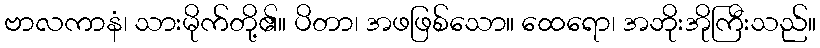
ဗာလကာနံ၊ သားမိုက်တို့၏။ ပိတာ၊ အဖဖြစ်သော။ ထေရော၊ အဘိုးအိုကြီးသည်။